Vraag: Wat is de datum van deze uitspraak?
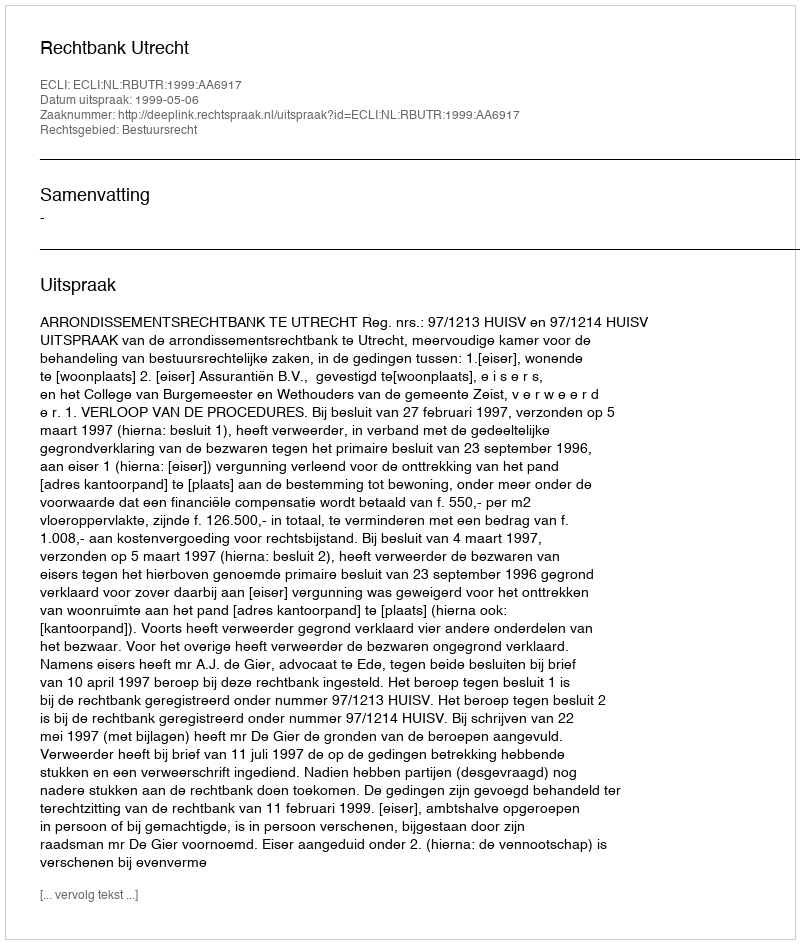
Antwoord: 1999-05-06